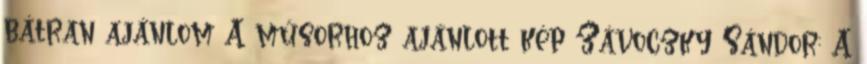
bátran ajánlom A műsorhoz ajánlott kép Závoczky Sándor: A